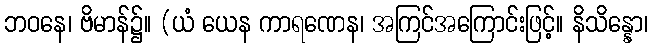
ဘဝနေ၊ ဗိမာန်၌။ (ယံ ယေန ကာရဏေန၊ အကြင်အကြောင်းဖြင့်။ နိသိန္နော၊